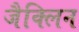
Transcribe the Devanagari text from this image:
जैक्लिन